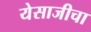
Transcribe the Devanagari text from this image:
येसाजीचा